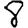
Digit: 8